Quinine and its salts - Number 41
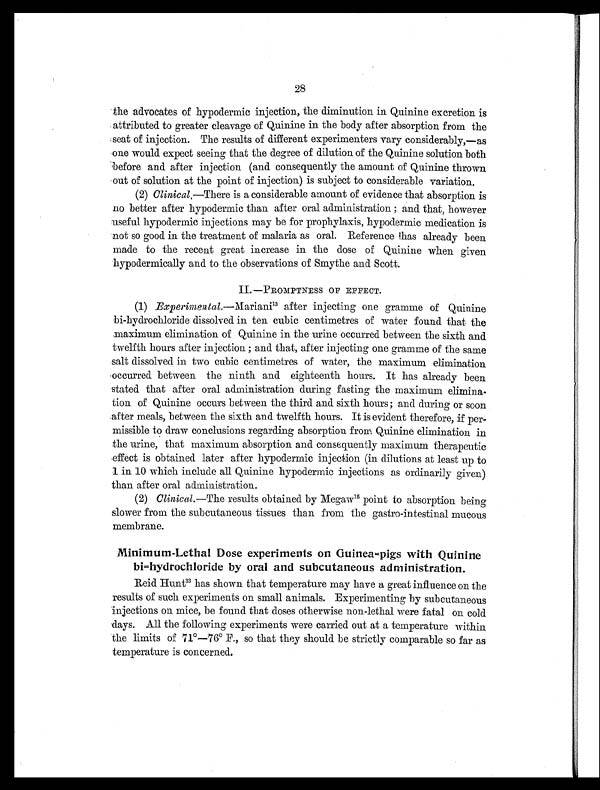
28
the advocates of hypodermic injection, the diminution in Quinine excretion is
attributed to greater cleavage of Quinine in the body after absorption from the
seat of injection. The results of different experimenters vary considerably,—as
one would expect seeing that the degree of dilution of the Quinine solution both
before and after injection (and consequently the amount of Quinine thrown
out of solution at the point of injection) is subject to considerable variation.
(2) Clinical. —There is a considerable amount of evidence that absorption is
no better after hypodermic than after oral administration; and that, however
useful hypodermic injections may be for prophylaxis, hypodermic medication is
not so good in the treatment of malaria as oral. Reference has already been
made to the recent great increase in the dose of Quinine when given
hypodermically and to the observations of Smythe and Scott.
II.—PROMPTNESS OF EFFECT.
(1)
Experimental.—Mariani 13
after injecting one gramme of Quinine
bi-hydrochloride dissolved in ten cubic centimetres of water found that the
maximum elimination of Quinine in the urine occurred between the sixth and
twelfth hours after injection; and that, after injecting one gramme of the same
salt dissolved in two cubic centimetres of water, the maximum elimination
occurred between the ninth and eighteenth hours. It has already been
stated that after oral administration during fasting the maximum elimina-
tion of Quinine occurs between the third and sixth hours; and during or soon
after meals, between the sixth and twelfth hours. It is evident therefore, if per-
missible to draw conclusions regarding absorption from Quinine elimination in
the urine, that maximum absorption and consequently maximum therapeutic
effect is obtained later after hypodermic injection (in dilutions at least up to
1 in 10 which include all Quinine hypodermic injections as ordinarily given)
than after oral administration.
(2) Clinical. —The results obtained by Megaw 15 point to absorption being
slower from the subcutaneous tissues than from the gastro-intestinal mucous
membrane.
Minimum-Lethal Dose experiments on Guinea-pigs with Quinine
bi-hydrochloride by oral and subcutaneous administration.
Reid Hunt3 3
h a s s h o w n t h a t t e m p e r a t u r e m a y h a v e a g r e a t i n f l u e n c e o n t h e
results of such experiments on small animals. Experimenting by subcutaneous
injections on mice, be found that doses otherwise non-lethal were fatal on cold
days. All the following experiments were carried out at a temperature within
the limits of 71°—76° F., so that they should be strictly comparable so far as
temperature is concerned.